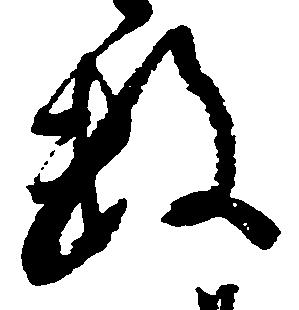
数